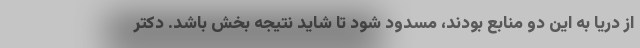
از دریا به این دو منابع بودند، مسدود شود تا شاید نتیجه بخش باشد. دکتر